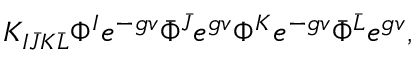
K _ { I \bar { J } K \bar { L } } \Phi ^ { I } e ^ { - g v } \bar { \Phi } ^ { \bar { J } } e ^ { g v } \Phi ^ { K } e ^ { - g v } \bar { \Phi } ^ { \bar { L } } e ^ { g v } ,